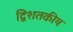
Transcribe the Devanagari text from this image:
द्विशतकीय